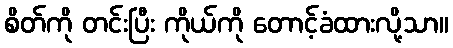
စိတ်ကို တင်းပြီး ကိုယ်ကို တောင့်ခံထားလို့သာ။